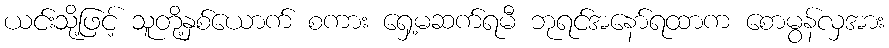
ယင်းသို့ဖြင့် သူတို့နှစ်ယောက် စကား ရှေ့မဆက်ရမီ ဘုရင်အနော်ရထာက စောမွန်လှအား